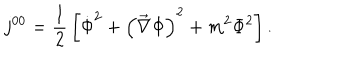
LaTeX: j ^ { 0 0 } = { \frac 1 2 } \left[ { \dot { \Phi } } ^ { 2 } + \left( \vec { \nabla } \Phi \right) ^ { 2 } + m ^ { 2 } \Phi ^ { 2 } \right] .